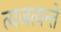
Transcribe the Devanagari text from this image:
त्यजत्यन्ते